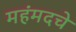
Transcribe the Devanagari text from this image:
महंमदचे